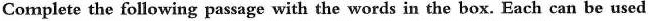
Complete the following passage with the words in the box. Each can be used